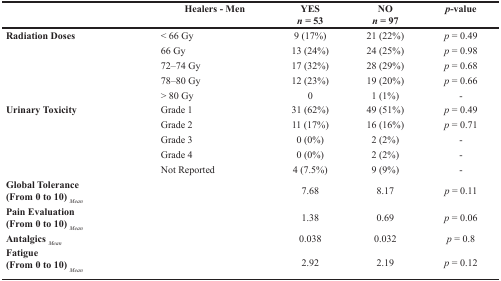
|  | Healers - Men | YES n = 53 | NO n = 97 | p-value |
 | --- | --- | --- | --- | --- |
 | Radiation Doses | < 66 Gy | 9 (17%) | 21 (22%) | p = 0.49 |
 |  | 66 Gy | 13 (24%) | 24 (25%) | p = 0.98 |
 |  | 72–74 Gy | 17 (32%) | 28 (29%) | p = 0.68 |
 |  | 78–80 Gy | 12 (23%) | 19 (20%) | p = 0.66 |
 |  | > 80 Gy | 0 | 1 (1%) | - |
 | Urinary Toxicity | Grade 1 | 31 (62%) | 49 (51%) | p = 0.49 |
 |  | Grade 2 | 11 (17%) | 16 (16%) | p = 0.71 |
 |  | Grade 3 | 0 (0%) | 2 (2%) | - |
 |  | Grade 4 | 0 (0%) | 2 (2%) | - |
 |  | Not Reported | 4 (7.5%) | 9 (9%) | - |
 | Global Tolerance (From 0 to 10)Mean |  | 7.68 | 8.17 | p = 0.11 |
 | Pain Evaluation (From 0 to 10)Mean |  | 1.38 | 0.69 | p = 0.06 |
 | AntalgicsMean |  | 0.038 | 0.032 | p = 0.8 |
 | Fatigue (From 0 to 10)Mean |  | 2.92 | 2.19 | p = 0.12 |